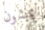
يمشون